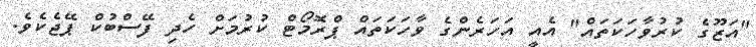
"އަޒޫގެ ކުރުވާހަކަތައް" އެއީ އަހަރެންގެ ވާހަކަތައް ޕްރޮމޯޓް ކުރުމަށް ހެދި ފޭސްބުކް ޕޭޖެކެވެ.